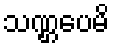
သဏ္ဌပေမိ